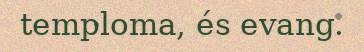
temploma, és evang.